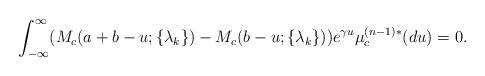
LaTeX: \begin{align*} \int_{-\infty}^{\infty} (M_c(a+b-u;\{\lambda_k\} )-M_c(b-u;\{\lambda_k\} ))e^{\gamma u}\mu_c^{(n-1)*}(du)=0.\end{align*}